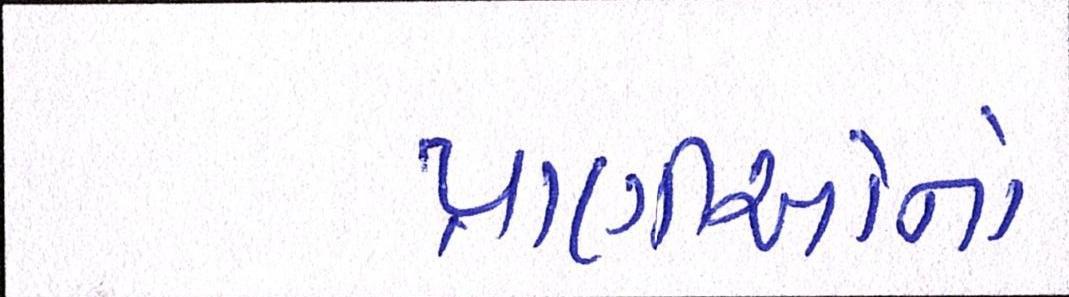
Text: પ્રાણીઓનો